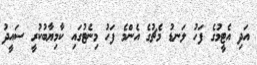
އަދި އެޓީމުގެ ފަހު ލަނޑު މެޗުގެ އެންމެ ފަހު މިނެޓުގައި ކާމިޔާބުކުރީ ސައީދު